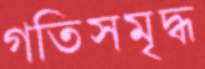
গতিসমৃদ্ধ